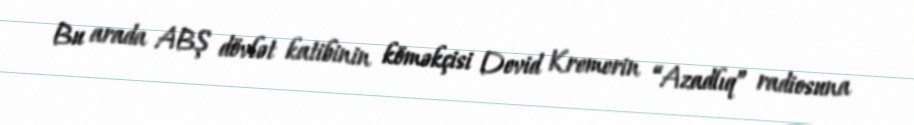
Bu arada ABŞ dövlət katibinin köməkçisi Devid Kremerin “Azadlıq” radiosuna